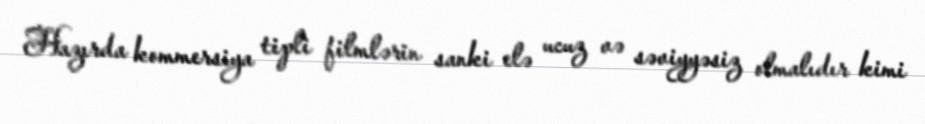
Hazırda kommersiya tipli filmlərin sanki elə ucuz və səviyyəsiz olmalıdır kimi